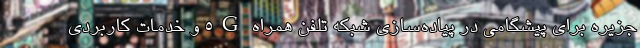
جزیره برای پیشگامی در پیاده‌سازی شبکه تلفن همراه 5G و خدمات کاربردی